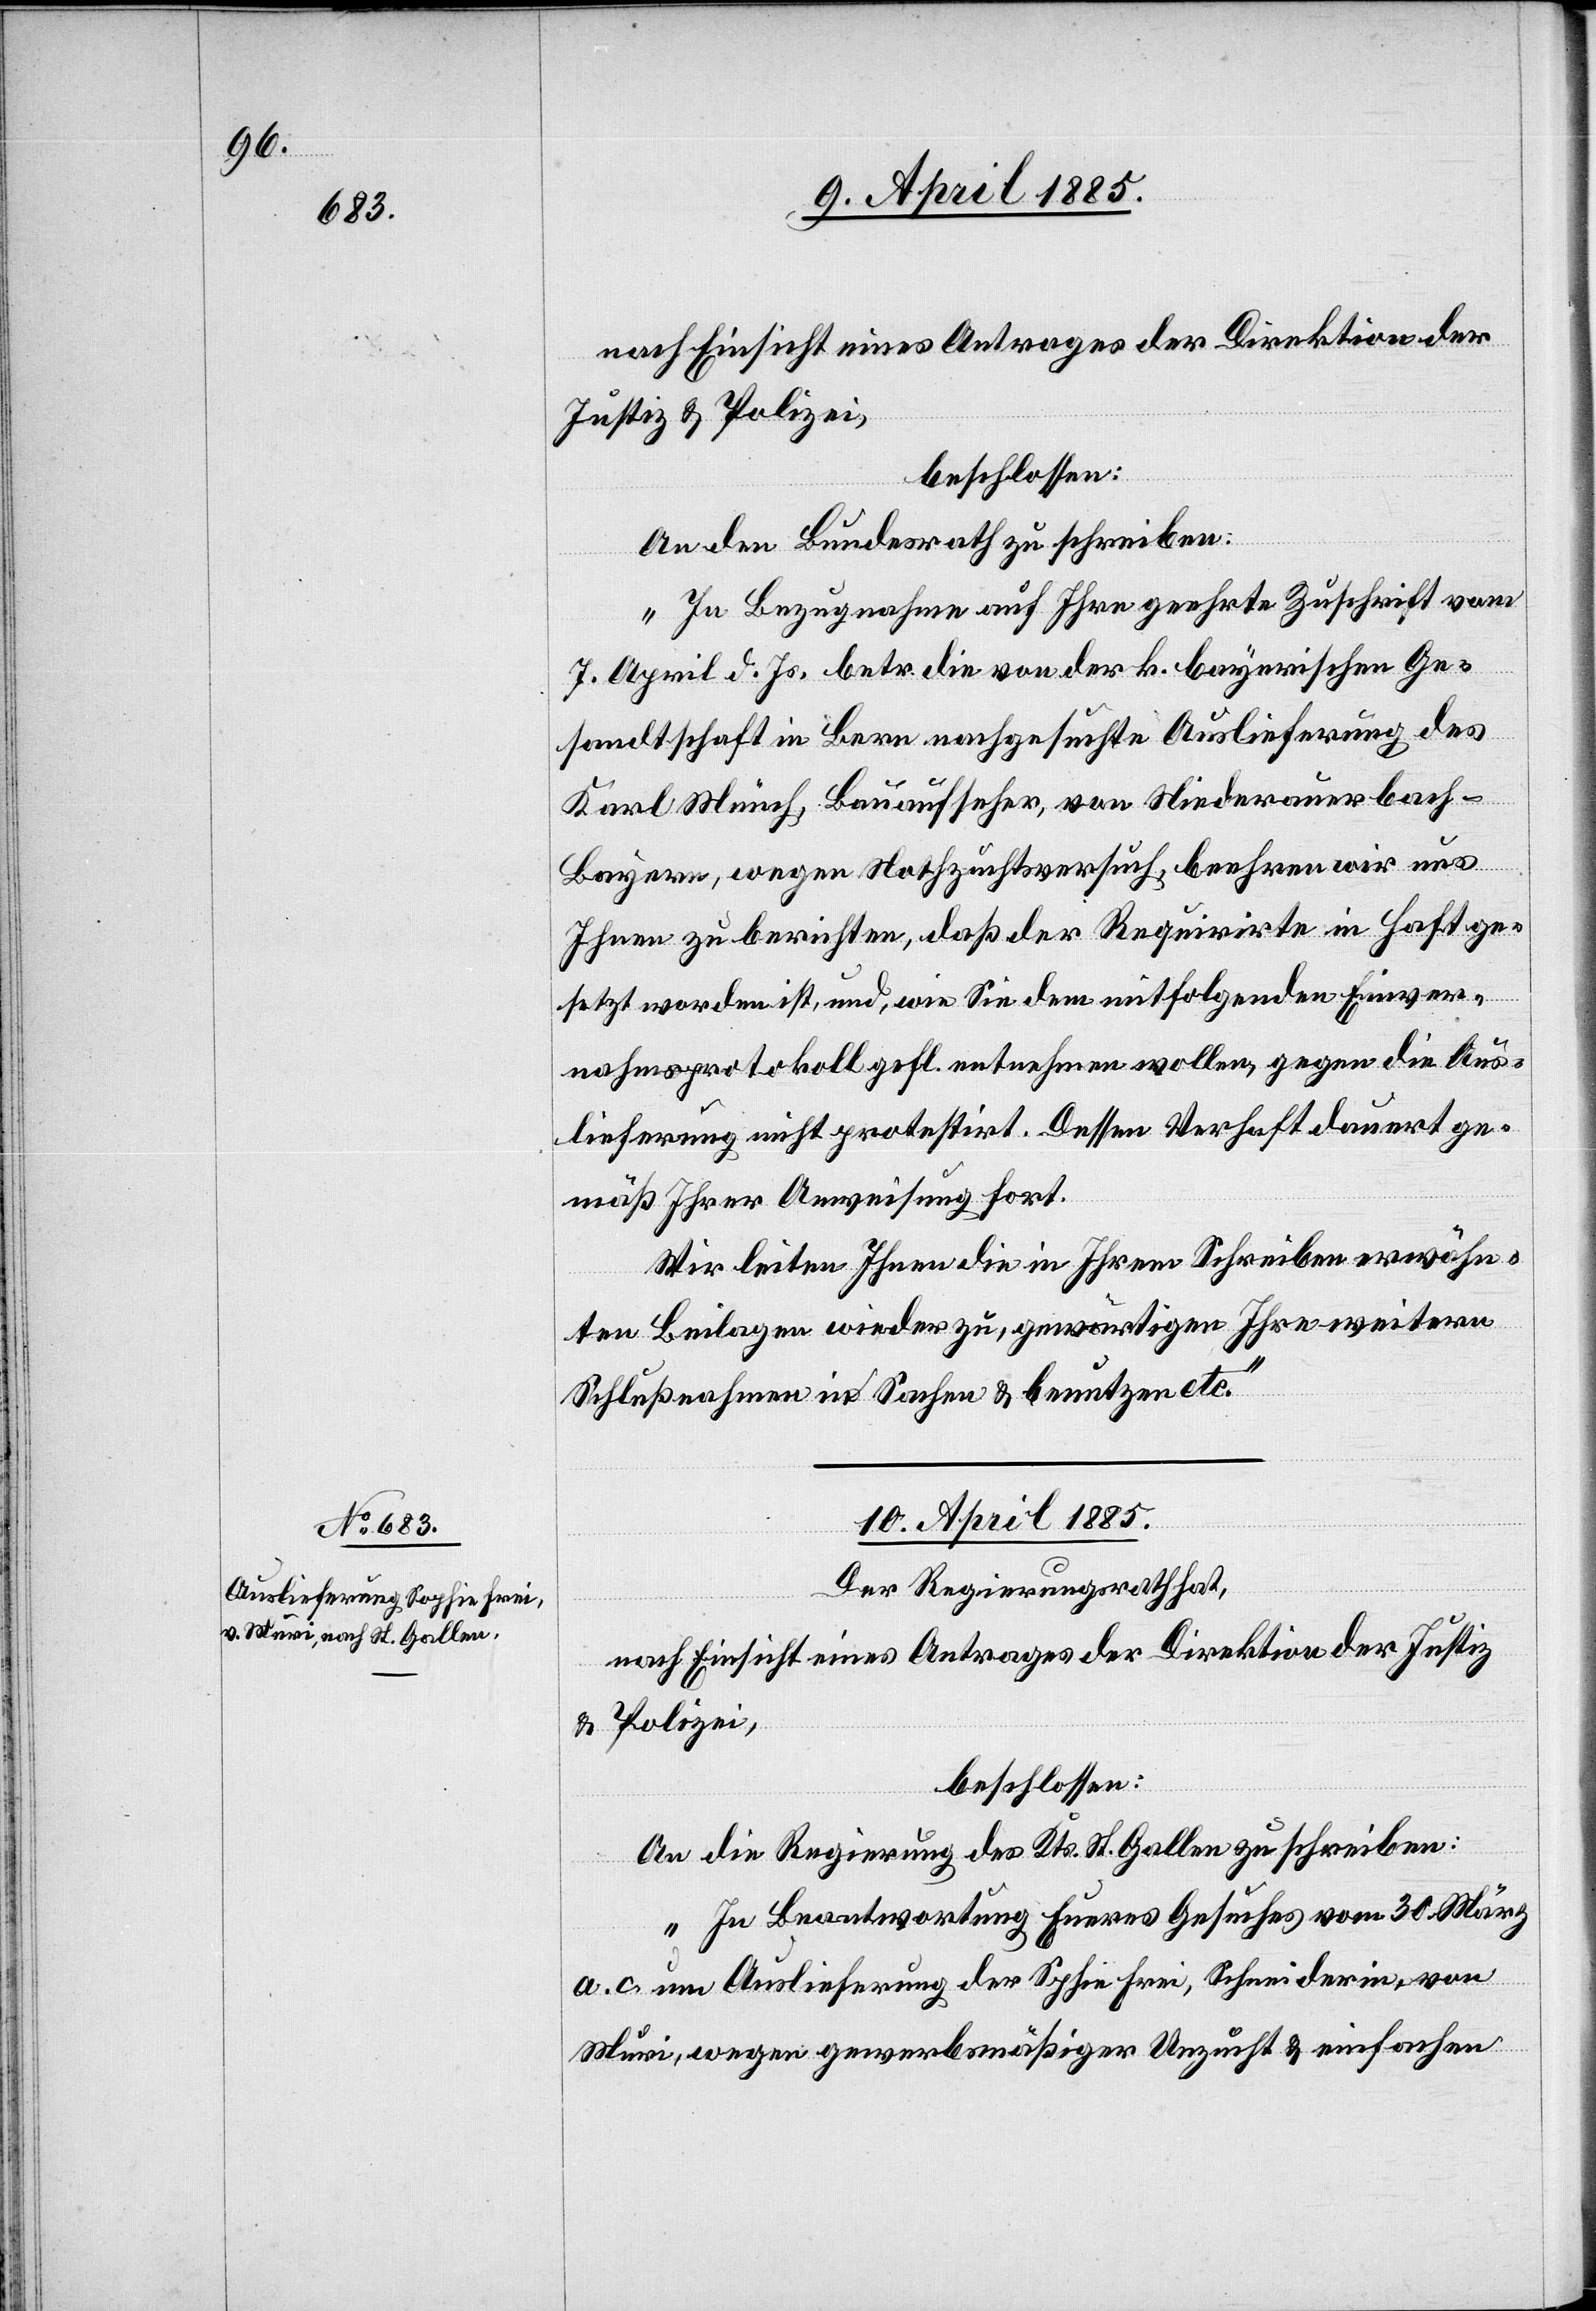
nach Einsicht eines Antrages der Direktion der
Justiz & Polizei,
beschlossen:
An den Bundesrath zu schreiben:
„In Bezug auf Ihre geehrte Zuschrift vom
7. April d. Js. betr. die von der k. bayerischen Ge¬
sandtschaft in Bern nachgesuchte Auslieferung des
Karl Münch, Bauaufseher, von Niederauerbach
-
Bayern, wegen Nothzuchtsversuch, beehren wir uns
Ihnen zu berichten, daß der Requirirte in Haft ge¬
setzt worden ist, und, wie Sie dem mitfolgenden Einver¬
nahmsprotokoll gefl. entnehmen wollen, gegen die Aus¬
lieferung nicht protestirt. Dessen Verhaft dauert ge¬
mäß Ihrer Ausweisung fort.
Wir leiten Ihnen die in Ihrem Schreiben erwähn¬
ten Beilagen wieder zu, gewärtigen Ihre weitern
Schlußnahmen in Sachen & benutzen etc.“
10. April 1885.
Der Regierungsrath hat,
nach Einsicht eines Antrages der Direktion der Justiz
& Polizei,
beschlossen:
An die Regierung des Kts. St. Gallen zu schreiben:
„In Beantwortung Eueres Gesuches vom 30. März
a. c um Auslieferung der S[o]phie Frei, Schneiderin, von
Muri, wegen gewerbsmäßiger Unzucht & einfachen